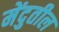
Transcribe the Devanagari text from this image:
मेंदुतील